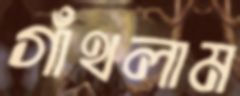
গাঁথলাম